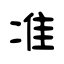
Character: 准